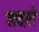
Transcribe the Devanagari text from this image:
सदर्श